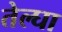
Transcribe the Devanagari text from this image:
तेल्घा